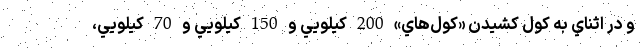
و در اثناي به كول كشيدن «كول‌هاي» 200 كيلويي و 150 كيلويي و 70 كيلويي،